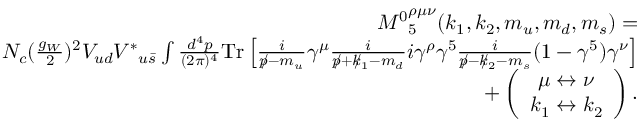
\begin{array} { r l r } & { } & { { M ^ { 0 } } _ { 5 } ^ { \rho \mu \nu } ( k _ { 1 } , k _ { 2 } , m _ { u } , m _ { d } , m _ { s } ) = } \\ & { } & { N _ { c } ( \frac { g _ { W } } { 2 } ) ^ { 2 } V _ { u d } { V ^ { \ast } } _ { u \bar { s } } \int \frac { d ^ { 4 } p } { ( 2 \pi ) ^ { 4 } } \mathrm { { T r } } \left[ \frac { i } { p \! \! \! / - m _ { u } } \gamma ^ { \mu } \frac { i } { p \! \! \! / + k \! \! \! / _ { 1 } - m _ { d } } i \gamma ^ { \rho } \gamma ^ { 5 } \frac { i } { p \! \! \! / - k \! \! \! / _ { 2 } - m _ { s } } ( 1 - \gamma ^ { 5 } ) \gamma ^ { \nu } \right] } \\ & { } & { + \left( \begin{array} { c } { \mu \leftrightarrow \nu } \\ { k _ { 1 } \leftrightarrow k _ { 2 } } \end{array} \right) . } \end{array}